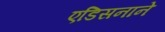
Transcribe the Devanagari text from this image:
एडिसनाने